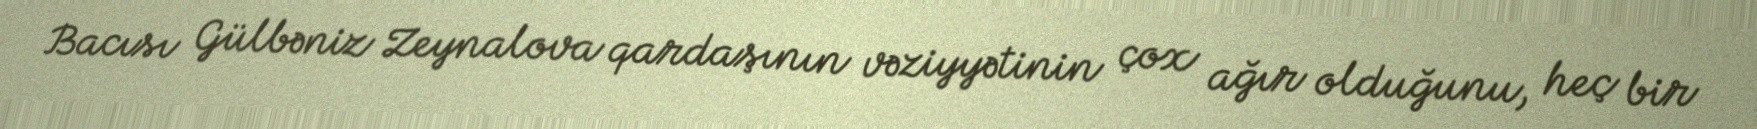
Bacısı Gülbəniz Zeynalova qardaşının vəziyyətinin çox ağır olduğunu, heç bir